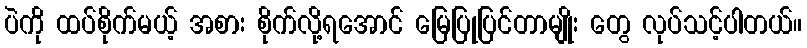
ပဲကို ထပ်စိုက်မယ့် အစား စိုက်လို့ရအောင် မြေပြုပြင်တာမျိုး တွေ လုပ်သင့်ပါတယ်။